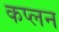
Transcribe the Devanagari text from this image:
कप्लन